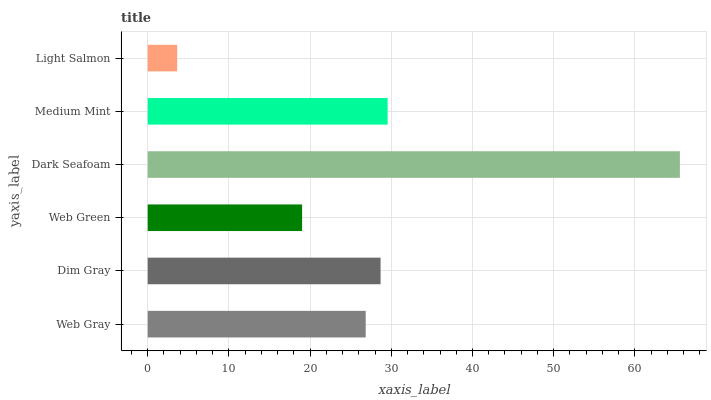
| yaxis_label | bars |
 | --- | --- |
 | Web Gray | 26.8 |
 | Dim Gray | 28.7 |
 | Web Green | 19 |
 | Dark Seafoam | 65.5 |
 | Medium Mint | 29.5 |
 | Light Salmon | 3.63 |